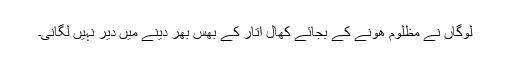
لوگاں نے مظلوم ھونے کے بجائے کھال اتار کے بھس بھر دینے میں دیر نہیں لگانی۔